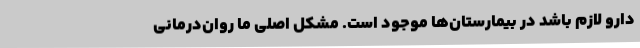
دارو لازم باشد در بیمارستان‌ها موجود است. مشکل اصلی ما روان‌درمانی